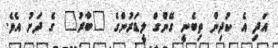
އަދި އެ ކުދިން ތިބެނީ ގޭންގް ލީޑަރުންގެ "ބާރު" ގެ ދަށު އެވެ.